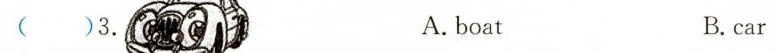
( )3. A. boat B.car